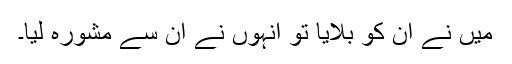
میں نے ان کو بلایا تو انہوں نے ان سے مشورہ لیا۔